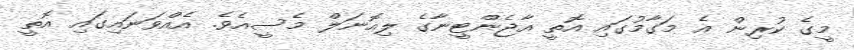
މީގެ ކުރިން އެ މަގާމުގައި އޮތީ އާޖެންޓީނާގެ ލިއޮނަލް މެސީއެވެ. އެއްވަނައިގައި އޮތީ